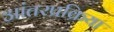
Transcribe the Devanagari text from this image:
आंतरप्रक्रिया